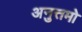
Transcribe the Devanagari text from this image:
अनुत्तमो